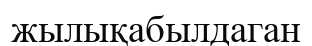
жылықабылдаган